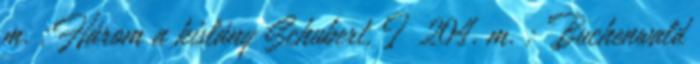
m. ;Három a kislány Schubert, I 204. m. ; Buchenwald